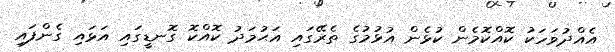
އެއްދުވަހަކު ކޮއްކޮމެން ކުޅެން އުޅުމުގެ ތެރޭގައި އަޙުމަދު ކޮއްކޮ ގޮނޑީގައި އަޅައި ގެންފައި